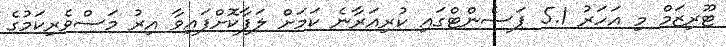
ޓޫރިޒަމް މި އަހަރު 5.1 ޕަސެންޓްގައި ކުރިއަރާނެ ކަމަށް ލަފާކޮށްފައިވާ އިރު މަސްވެރިކަމުގެ